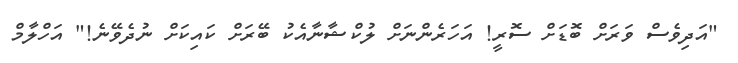
"އަދިވެސް ވަރަށް ބޮޑަށް ސޮރީ! އަހަރެންނަށް ލުކްޝާނާއެކު ބޭރަށް ކައިކަށް ނުދެވޭނެ!" އަހްލާމް